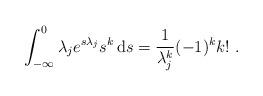
LaTeX: \begin{align*}\int_{-\infty}^{0}\lambda_{j}e^{s\lambda_{j}}s^{k}\,\mathrm{d}s = \frac{1}{\lambda_{j}^{k}}(-1)^{k}k!\ .\end{align*}